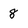
Character: 8